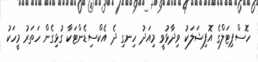
ހޮސްޕިޓަލްގެ އޮފިޝަލަކު ވިދާޅުވީ މިއަދު ހިނގި ދެ އެކްސިޑެންޓަކާ ގުޅިގެން ހަތަރު މީހަކު